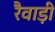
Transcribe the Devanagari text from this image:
रैवाड़ी